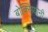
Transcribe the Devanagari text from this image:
बोक्सियोनी